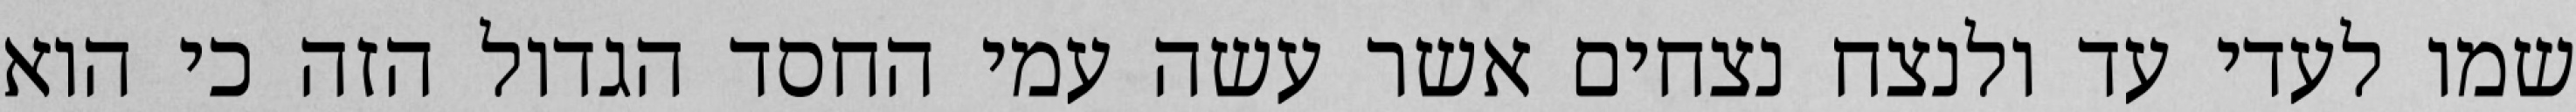
שמו לעדי עד ולנצח נצחים אשר עשה עמי החסד הגדול הזה כי הוא